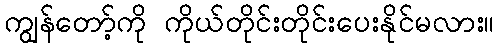
ကျွန်တော့်ကို ကိုယ်တိုင်းတိုင်းပေးနိုင်မလား။